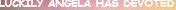
LUCKILY ANGELA HAS DEVOTED